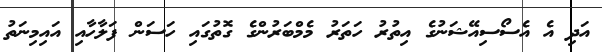
އަދި އެ އެސޯސިއޭޝަނުގެ އިތުރު ހަތަރު މެމްބަރުންގެ ގޮތުގައި ހަސަން ފަލާހާއި އައިމިނަތު